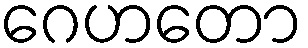
ဂေဟတော